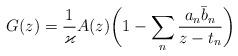
LaTeX: \begin{align*}G(z) = \frac{1}{\varkappa} A(z) \bigg(1 - \sum_n \frac{a_n \bar b_n}{z- t_n}\bigg)\end{align*}